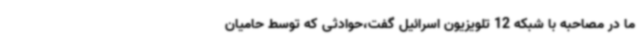
ما در مصاحبه با شبکه 12 تلویزیون اسرائیل گفت،حوادثی که توسط حامیان